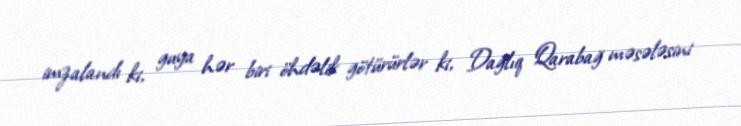
imzalandı ki, guya hər biri öhdəlik götürürlər ki, Dağlıq Qarabağ məsələsini